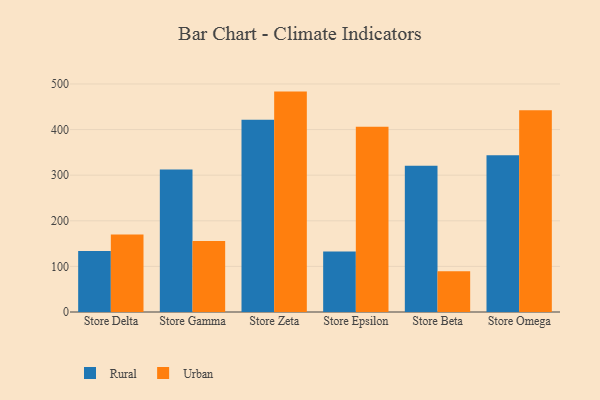
{"axis": {"x": "Store", "y": "Website Visitors"}, "legend": ["Rural", "Urban"], "data": [{"x": "Store Delta", "y": 134.0, "type": "Rural"}, {"x": "Store Delta", "y": 170.0, "type": "Urban"}, {"x": "Store Gamma", "y": 312.4, "type": "Rural"}, {"x": "Store Gamma", "y": 155.5, "type": "Urban"}, {"x": "Store Zeta", "y": 421.8, "type": "Rural"}, {"x": "Store Zeta", "y": 483.3, "type": "Urban"}, {"x": "Store Epsilon", "y": 132.7, "type": "Rural"}, {"x": "Store Epsilon", "y": 406.0, "type": "Urban"}, {"x": "Store Beta", "y": 320.8, "type": "Rural"}, {"x": "Store Beta", "y": 89.5, "type": "Urban"}, {"x": "Store Omega", "y": 343.9, "type": "Rural"}, {"x": "Store Omega", "y": 442.5, "type": "Urban"}]}